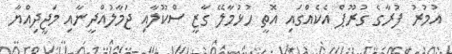
އުމުރު ފުރާގެ ގުރޫޕް އެކެއްގައި އޮތީ ހުޅުމާލޭ ގާޒީ ސްކޫލާއި ޖަމާލުއްދީނާއި މަޖީދިއްޔާ